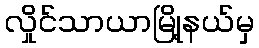
လှိုင်သာယာမြို့နယ်မှ